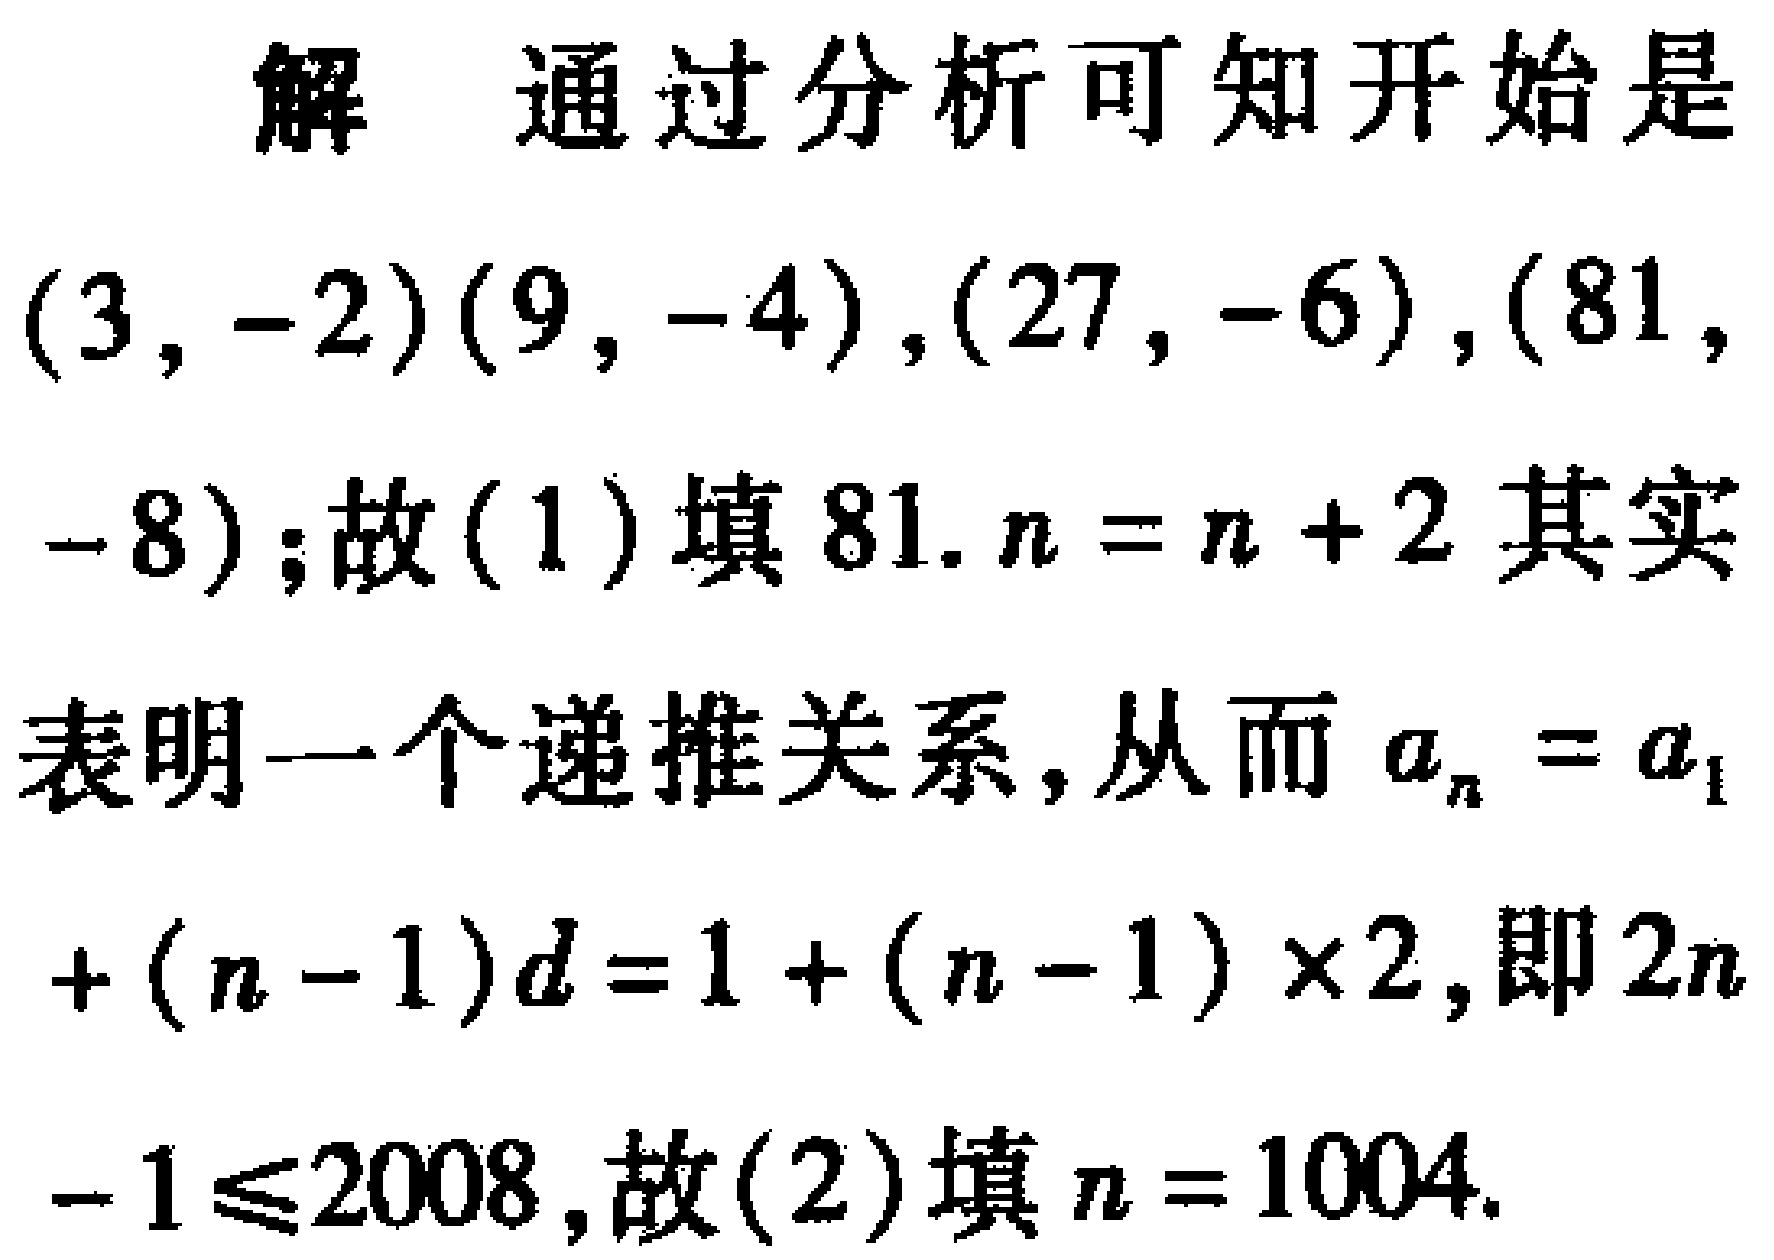
解 通过分析可知开始是$(3, -2)(9, -4),(27, -6),(81, -8)$; 故(1)填$81$. $n = n + 2$其实表明一个递推关系, 从而$a_{n}=a_{1}+(n - 1)d = 1+(n - 1)\times2$, 即$2n-1\leqslant2008$, 故(2)填$n = 1004$.